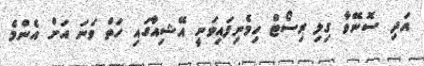
އަދި ސޮނޭވާ ގިލި ރިސޯޓް ހިމެނިފައިވަނީ އޭޝިއާގައި ހަތް ވަނަ އަށް އެންމެ